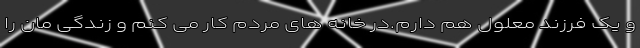
و یک فرزند معلول هم دارم.در خانه های مردم کار می کنم و زندگی مان را